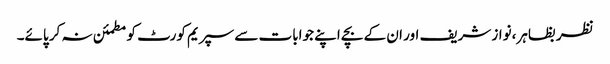
نظر بظاہر،نواز شریف اور ان کے بچے اپنے جوابات سے سپریم کورٹ کو مطمئن نہ کر پائے۔